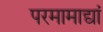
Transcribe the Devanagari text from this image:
परमामाद्यां